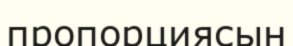
пропорциясын